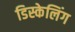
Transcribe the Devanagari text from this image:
डिस्केलिंग